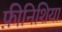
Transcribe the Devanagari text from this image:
फ़ीनिशिया